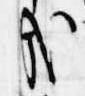
哉